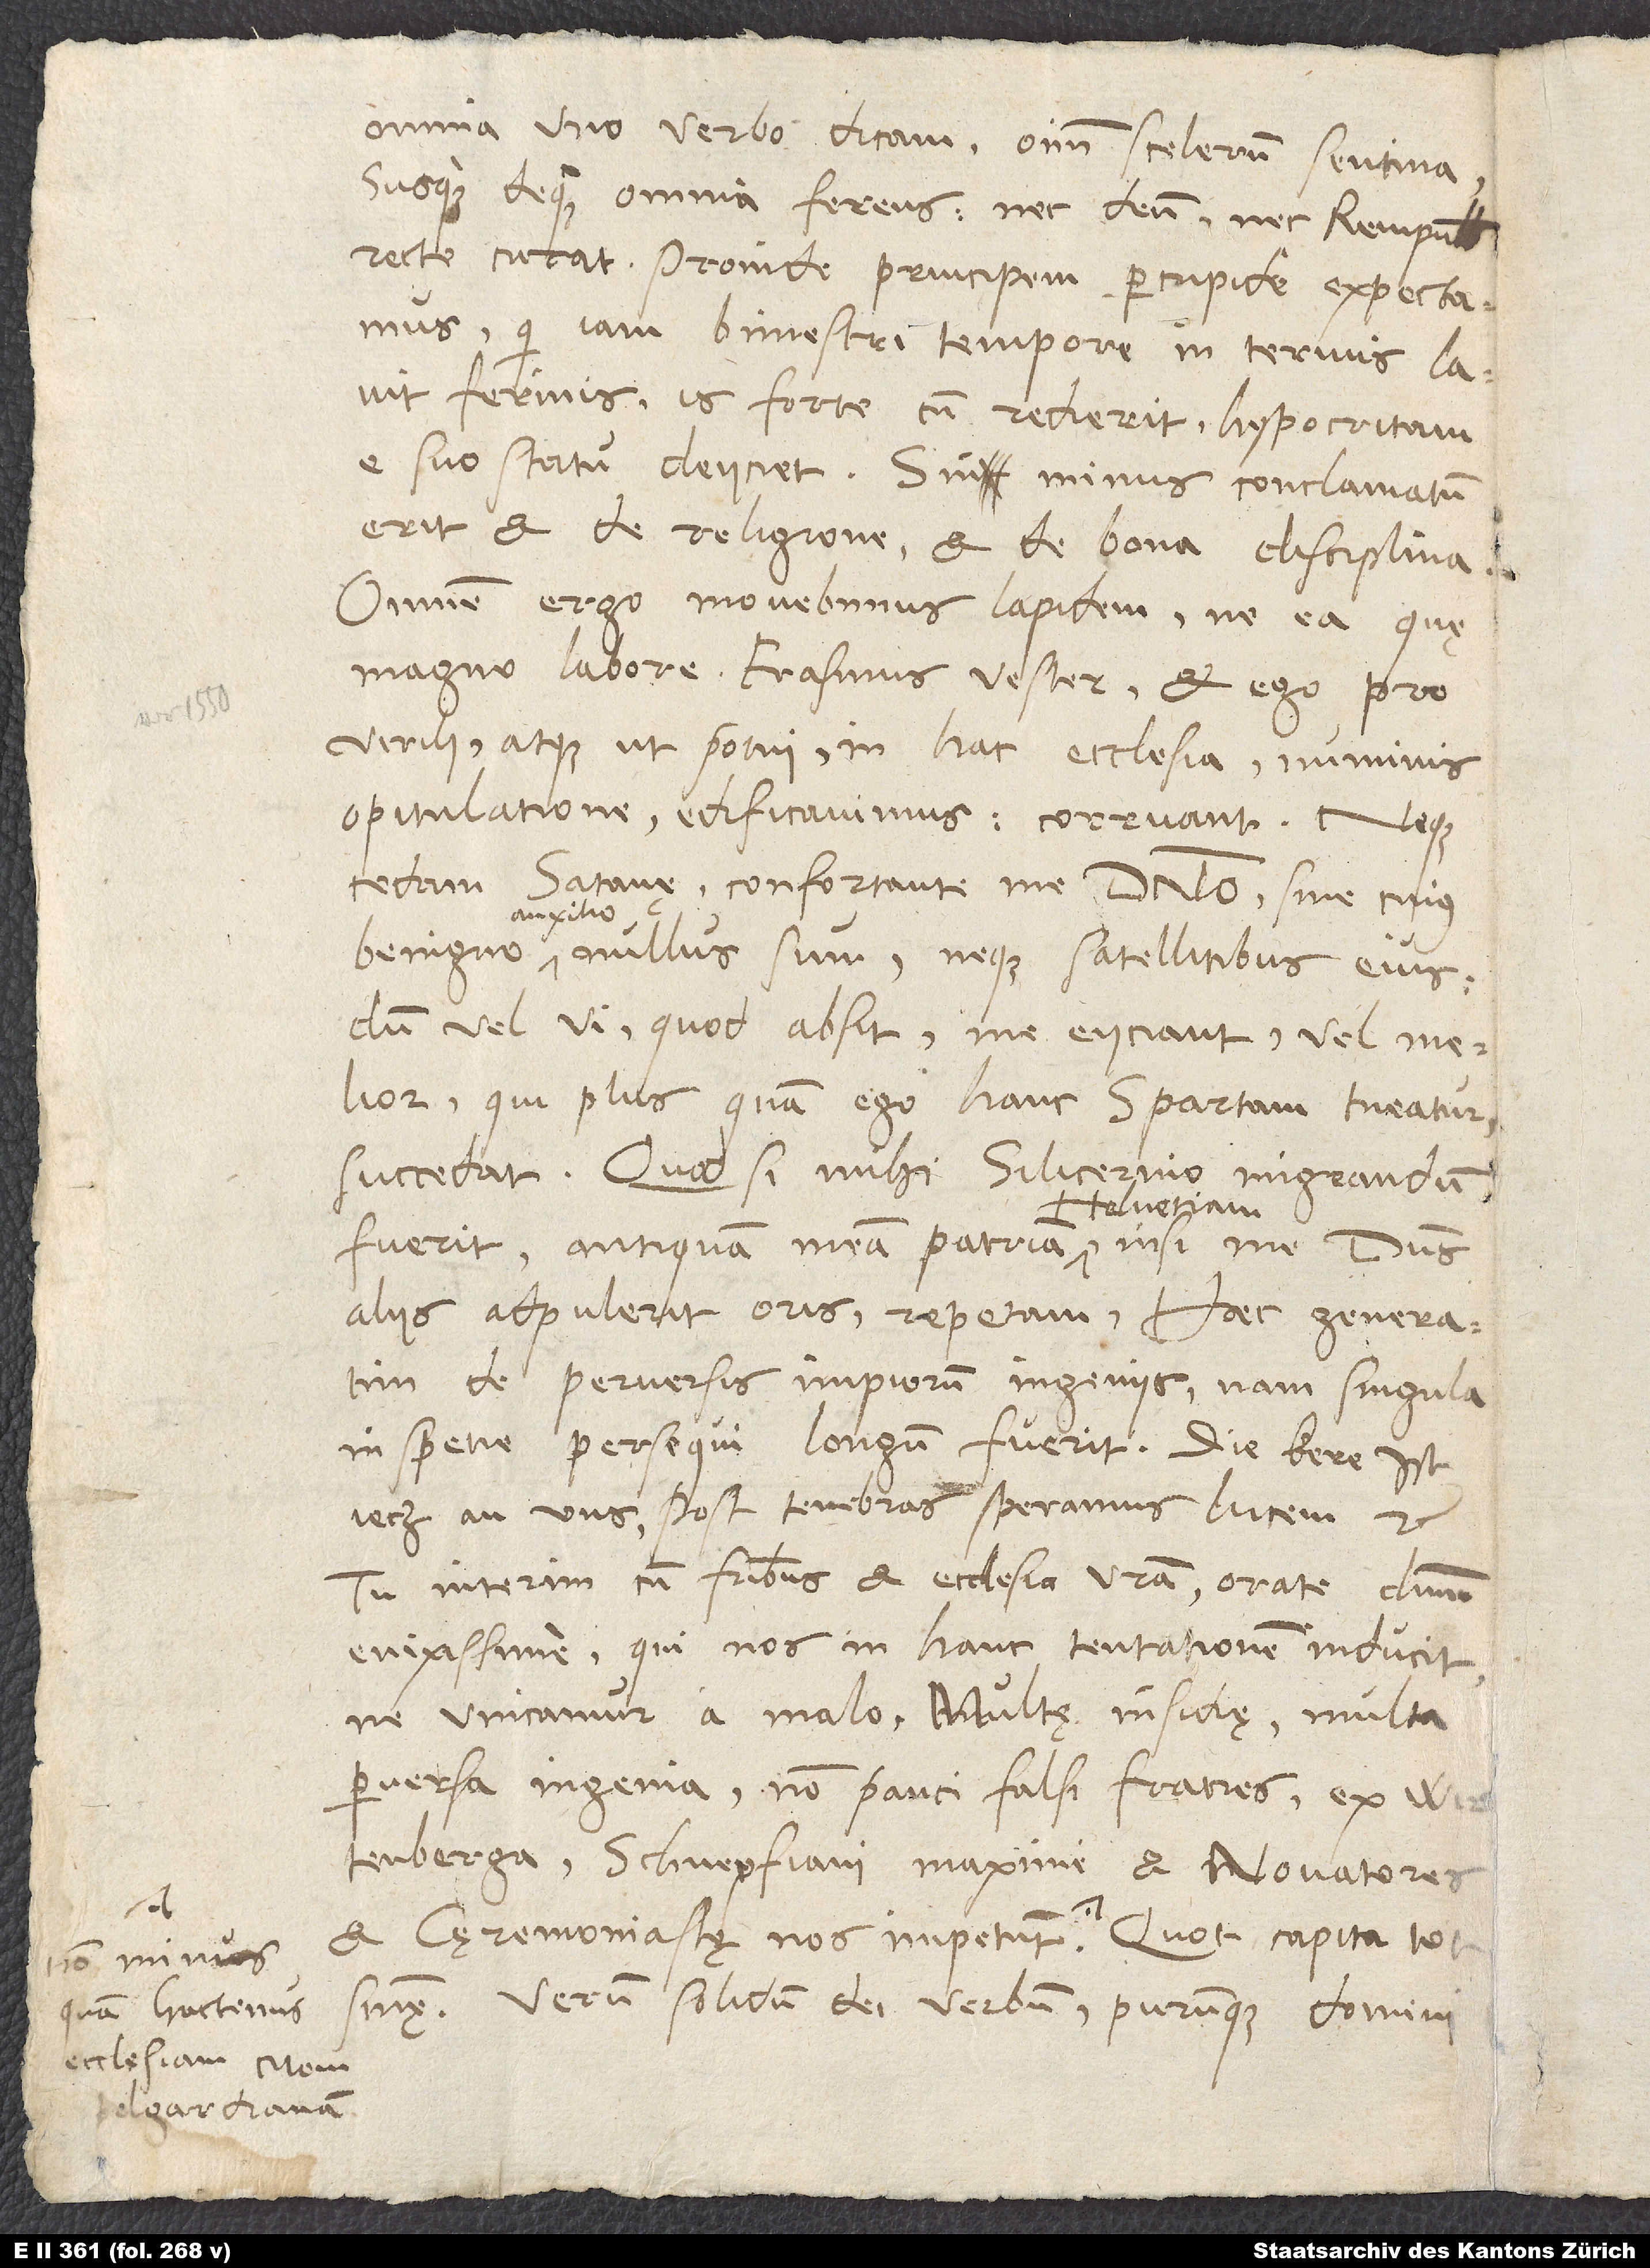
omnia uno verbo dicam, omnium scelerum sentina,
susque deque omnia ferens, nec deum nec rempublicam
recte curat, proinde principem percupide expectamus,
qui iam bimestri tempore in Termis lavit
ferinis. Is forte, cum redierit, hypocritam
e suo statu deiiciet; sin minus, conclamatum
erit et de religione et de bona disciplina.
Omnem ergo movebimus lapidem, ne ea, quę
magno labore Erasmus vester et ego pro
virili, atque ut potui, in hac ecclesia numinis
opitulatione edificavimus, corruant, neque
cedam satanę - confortante me domino, sine cuius
auxilio
nullus sum - neque satellitibus eius,
dum vel vi, quod absit, me eiiciant, vel melior,
qui plus quam ego hanc Spartam tueatur,
succedat. Quod si mihi silicernio migrandum
Helvetiam,
fuerit, antiquam meam patriam
aliis adpulerit oris, repetam. Haec generatim
de perversis impiorum ingeniis; nam singula
in spetie persequi longum fuerit. Die kere ist
jetz an uns; post tenebras speramus lucem etc.
Tu interim cum fratribus et ecclesia vestra orate dominum
enixissime, qui nos in hanc tentationem inducit,
ne vincamur a malo. Multę insidię, multa
perversa ingenia, non pauci falsi fratres ex
Wirtenberga, Schnepfiani maxime et novatores
non minus
sententię. Verum solidum dei verbum purumque domini
quam hactenus